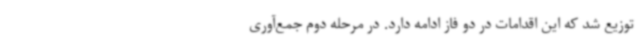
توزیع شد که این اقدامات در دو فاز ادامه دارد. در مرحله دوم جمع‌آوری